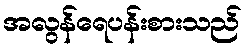
အလွန်ရေပန်းစားသည်